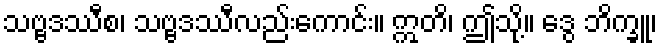
သဗ္ဗဒဿီစ၊ သဗ္ဗဒဿီလည်းကောင်း။ ဣတိ၊ ဤသို့။ ဒွေ ဘိက္ခူ၊